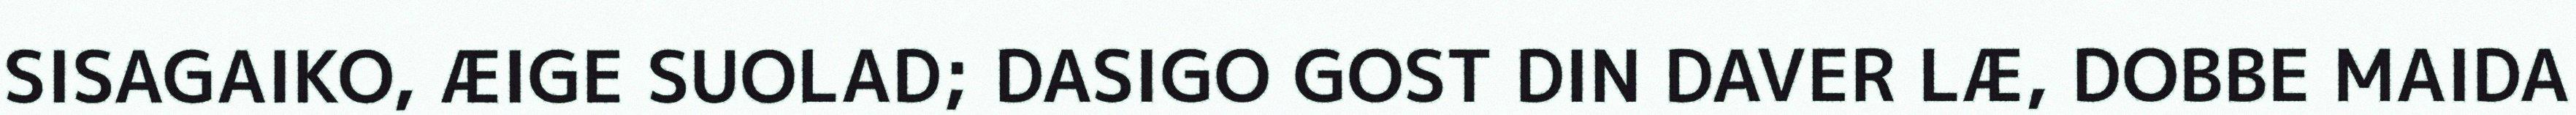
SISAGAIKO, ÆIGE SUOLAD; DASIGO GOST DIN DAVER LÆ, DOBBE MAIDA